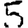
Digit: 5